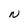
Character: N